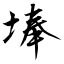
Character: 埲